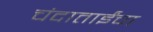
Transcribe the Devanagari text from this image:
चंदाताईंचा